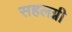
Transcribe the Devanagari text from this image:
सहलग्नी